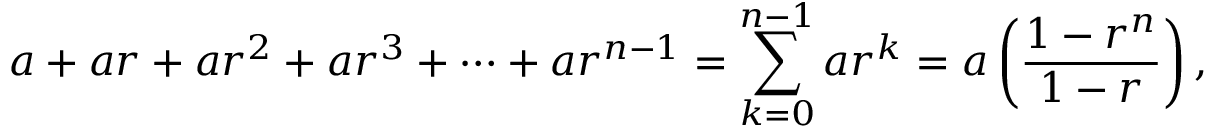
a + a r + a r ^ { 2 } + a r ^ { 3 } + \cdots + a r ^ { n - 1 } = \sum _ { k = 0 } ^ { n - 1 } a r ^ { k } = a \left( { \frac { 1 - r ^ { n } } { 1 - r } } \right) ,